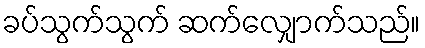
ခပ်သွက်သွက် ဆက်လျှောက်သည်။